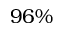
9 6 \%